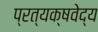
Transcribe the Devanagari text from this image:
प्रत्यक्षवेद्य